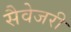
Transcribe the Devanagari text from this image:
सैवेजरी